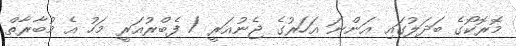
މޮރޮކޯގެ ބަދަލުގައި އަންނަ އަހަރުގެ ޖެނުއަރީ / ފެބްރުއަރީ މަހު އެ މުބާރާތް